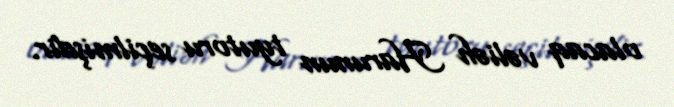
olacaq vəliəh Harunun tyutoru seçilmişdir.